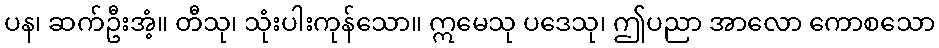
ပန၊ ဆက်ဦးအံ့။ တီသု၊ သုံးပါးကုန်သော။ ဣမေသု ပဒေသု၊ ဤပညာ အာလော ကောစသော